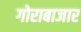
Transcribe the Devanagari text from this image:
गोराबाजार